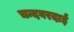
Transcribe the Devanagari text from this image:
चन्दवरदाई